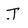
Character: J